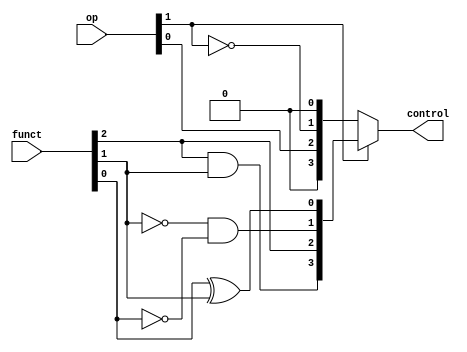
module alucu(op, funct, control);
    
    input [1:0]op;                              //op function
    input [2:0]funct;                           //minimal bits from the funct7 and funct3 fields
    output [3:0]control;
    wire [3:0]temp1,temp2;

    xor( temp1[0], funct[0], funct[1]);
    and( temp1[1], ~funct[1], ~funct[0]);
    assign temp1[2]=funct[2];
    and( temp1[3], funct[2], funct[1]);

    assign temp2[0]=op[1];
    assign temp2[1]=~op[1];
    assign temp2[2]=op[0];
    assign temp2[3]=op[1];

    assign control= op[1]?temp1:temp2;          //checks if aluop is 01/00 or 10 and returns the control signal to the ALU

endmodule

//Full Adder Module
module FA(a,b,cin,sum,cout);

	input a,b,cin;
	output sum,cout;
	wire t1,t2,t3;

	xor(sum,a,b,cin);
	and(t1,a,b);
	and(t2,a,cin);
	and(t3,b,cin);
	or(cout,t1,t2,t3);

endmodule

//ALU module
module alu(a,b,cin,control,result,cout);

	input a,b,cin;
	input [3:0]control;
	output result,cout;
	wire t1,t2;
	wire ain,bin;
	wire sum,slt;
	wire t3,t4;

	assign ain=control[3] ? ~a:a; 				//checks if a needs to be inverted
	assign bin=control[2] ? ~b:b;				//checks if b needs to be inverted
	
	and (t1,ain,bin);
	or (t2,ain,bin);
	FA a0(ain,bin,cin,sum,cout);
	assign slt=~cout;
	
	assign t3 = control[0]?t2:t1;				//chooses and/or function
	assign t4 = control[0]?slt:sum;				//chooses slt/sum function
	assign result = control[1]?t4:t3;			//gets result of the four operations

endmodule

//4 bit ALU module
module alu4(a,b,cin,control,result,cout);

	input [3:0]a,b,control;
	input cin;
	output [3:0]result;
	output cout;
	wire [3:1]c;

	alu a0(a[0],b[0],cin,control,result[0],c[1]);
	alu a1(a[1],b[1],c[1],control,result[1],c[2]);
	alu a2(a[2],b[2],c[2],control,result[2],c[3]);
	alu a3(a[3],b[3],c[3],control,result[3],cout);

endmodule

//16 bit ALU module
module alu16(a,b,cin,control,result,cout);

	input [15:0]a,b;
	input [3:0]control;
	input cin;
	output [15:0]result;
	output cout;
	wire [3:1]c;

	alu4 a0(a[3:0],b[3:0],cin,control,result[3:0],c[1]);
	alu4 a1(a[7:4],b[7:4],c[1],control,result[7:4],c[2]);
	alu4 a2(a[11:8],b[11:8],c[2],control,result[11:8],c[3]);
	alu4 a3(a[15:12],b[15:12],c[3],control,result[15:12],cout);

endmodule

//64 bit ALU module
module alu64(a,b,cin,control,result,cout,zero,overflow);

	input [63:0]a,b;
	input [3:0]control;
	input cin;
	output [63:0]result;
	output cout,zero,overflow;
	wire [3:1]c;
	wire t1,t2,t3,t4,t5,t6,t7,t8;
	
	alu16 a0(a[15:0],b[15:0],cin,control,result[15:0],c[1]);
	alu16 a1(a[31:16],b[31:16],c[1],control,result[31:16],c[2]);
	alu16 a2(a[47:32],b[47:32],c[2],control,result[47:32],c[3]);
	alu16 a3(a[63:48],b[63:48],c[3],control,result[63:48],cout);

	assign zero = ~|result;							//checks if result is zero

	and (t1,a[63],b[63],~result[63]);				
	and (t2,~a[63],~b[63],result[63]);
	or  (t3,t1,t2);
	and (t4,~control[2],control[1],t3);				//checks if there is an overflow in addition

	and (t5,a[63],~b[63],~result[63]);
	and (t6,~a[63],b[63],result[63]);
	or  (t7,t5,t6);
	and (t8,control[2],control[1],t7);				//checks if there is an overflow in subtraction

	or  (overflow,t8,t4);							//checks if there is overall overflow

endmodule

//complete ALU module
module completeALU(a,b,op,funct,result,cout,zero,overflow);

	input [63:0]a,b;
    input [1:0]op;
    input [2:0]funct;
	output [63:0]result;
	output cout,zero,overflow;
	wire [3:0]control;

	alucu a0(op,funct,control);										//generates control signal for ALU
	alu64 a1(a,b,control[2],control,result,cout,zero,overflow);		//generates required output and output flags

endmodule

module BranchDataPath(PC,clk,rst,I,New_PC);

	input [63:0]PC;
	input clk,rst;
	output [63:0]New_PC;
	output reg [31:0]I;
	integer k;
	wire [63:0]imm,Imm,result;
	wire [1:0]aluop;
	wire [2:0]funct;
	wire cout,zero,overflow;

	reg [31:0]IM[0:32757];
	reg [63:0]PC_choice1,PC_choice2;

	always@(posedge clk)
	begin
		PC_choice1 <= PC+1;

		IM[10] <= 32'b00000010011000101000010001100111;
		IM[50] <= 32'b11111110010100110010101000100011;
		
		if(!rst)
			I <= IM[PC];
		else
			PC_choice1 <= 64'h0;
	end

	reg [63:0]RF[0:31];

	assign aluop[1]  = (~I[6]) & (~I[5]) & I[4];
	assign aluop[0]  = I[6] & I[5] & (~I[4]); 
	assign funct     = I[14:12];

	completeALU m0(RF[I[19:15]],RF[I[24:20]],aluop,funct,result,cout,zero,overflow);

	assign imm[3:0]   = I[11:8];
	assign imm[9:4]   = I[30:25];
	assign imm[10]    = I[7];
	assign imm[11]    = I[31];
	assign imm[63:12] = I[31] ? 52'hfffffffffffff: 52'h0;
	assign Imm = imm<<1;

	always@(posedge clk)
	begin
		if(rst)
		begin
			for(k=0;k<32;k=k+1)
			begin
					RF[k] <= 0;
				RF[5] <= 5;
				RF[6] <= 5;
			end
		end
	end

	always@(zero)
		PC_choice2 <= PC+Imm;

	assign New_PC = zero ? PC_choice2:PC_choice1;

endmodule